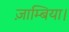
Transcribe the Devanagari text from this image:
ज़ाम्बिया।